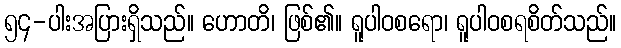
၅၄-ပါးအပြားရှိသည်။ ဟောတိ၊ ဖြစ်၏။ ရူပါဝစရော၊ ရူပါဝစရစိတ်သည်။